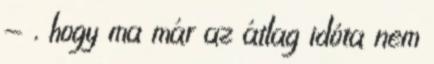
- , hogy ma már az átlag idóta nem